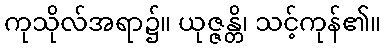
ကုသိုလ်အရာ၌။ ယုဇ္ဇန္တိ၊ သင့်ကုန်၏။